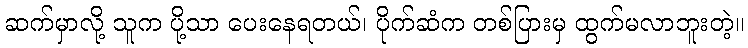
ဆက်မှာလို့ သူက ပို့သာ ပေးနေရတယ်၊ ပိုက်ဆံက တစ်ပြားမှ ထွက်မလာဘူးတဲ့။